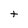
Character: t